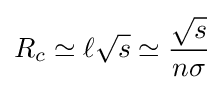
R_{c}\simeq \ell {\sqrt {s}}\simeq {\frac {\sqrt {s}}{n\sigma }}